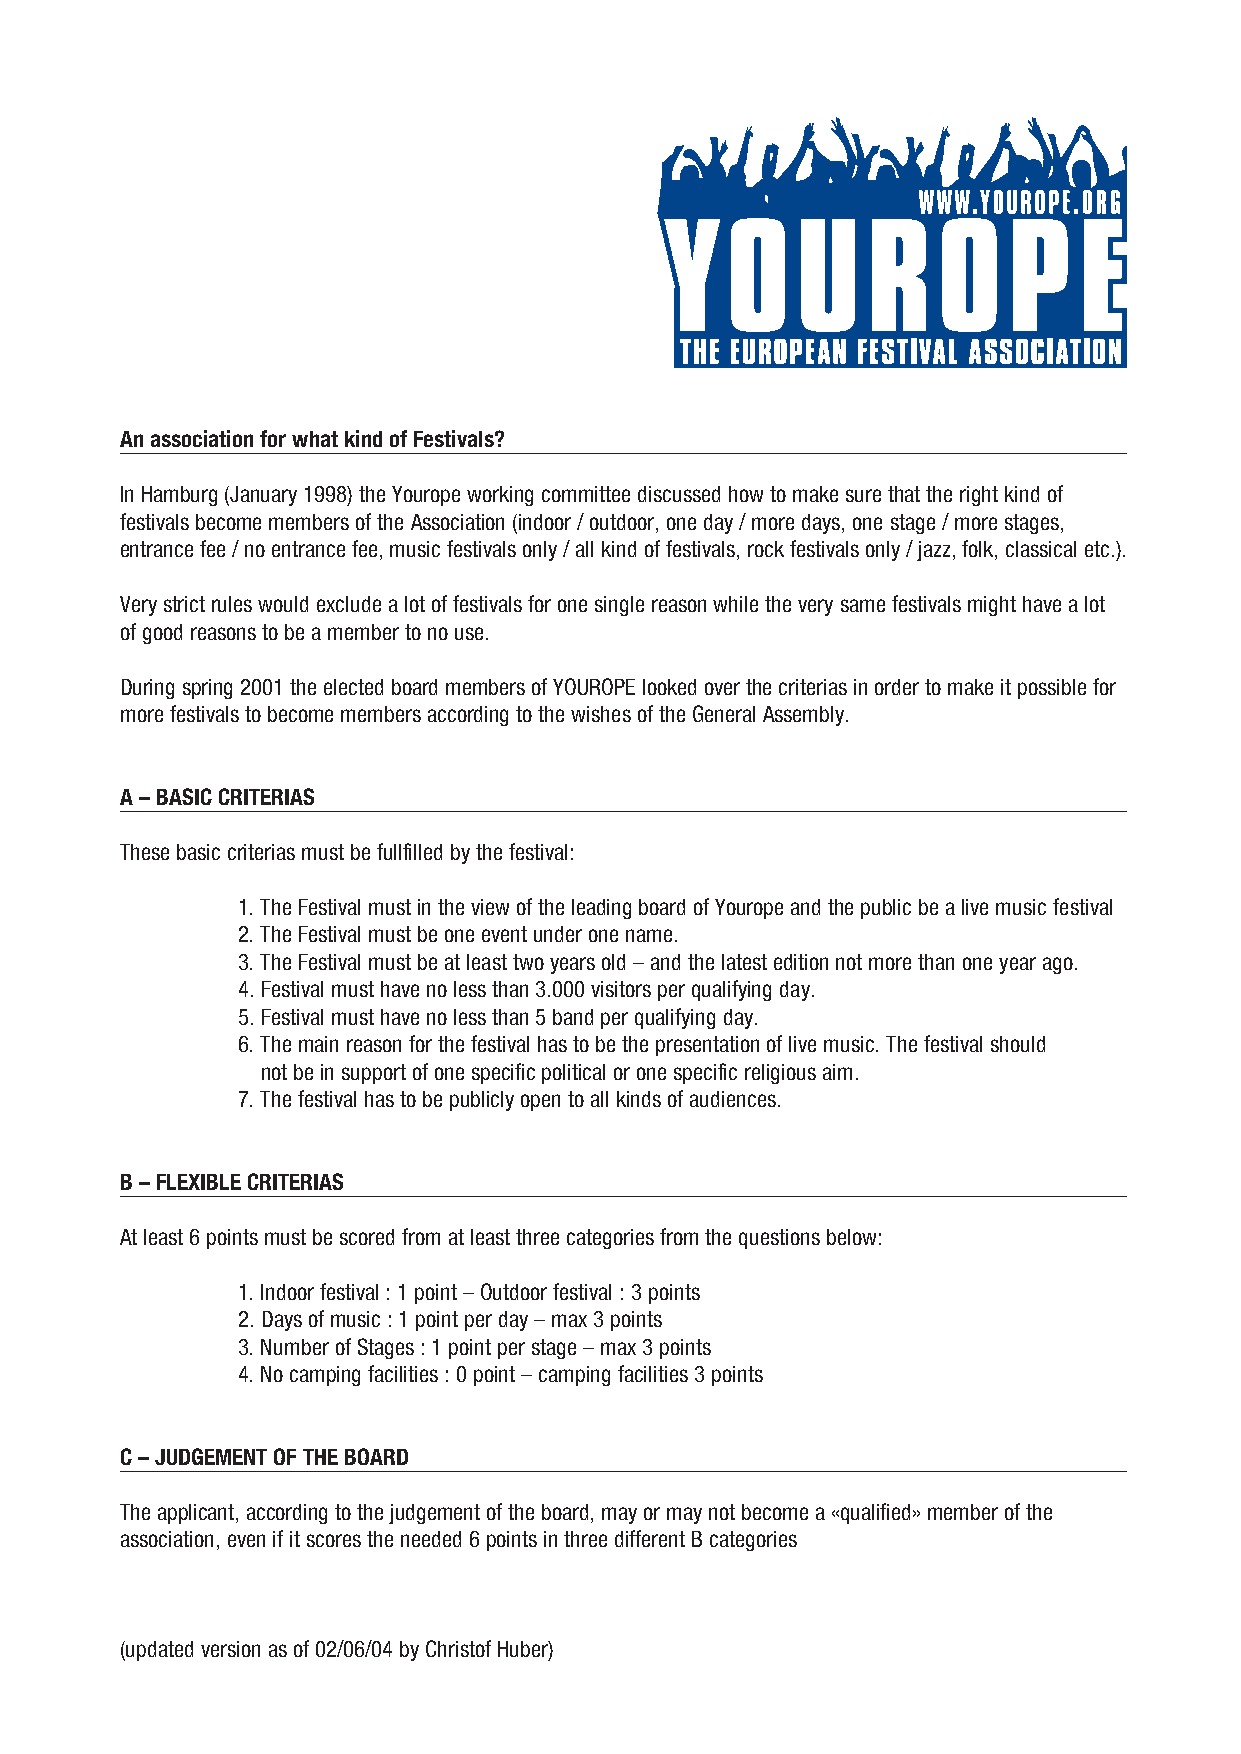
An association for what kind of Festivals?
 In Hamburg (January 1998) the Yourope working committee discussed how to make sure that the right kind of
 festivals become members of the Association (indoor / outdoor, one day / more days, one stage / more stages,
 entrance fee / no entrance fee, music festivals only / all kind of festivals, rock festivals only / jazz, folk, classical etc.).
 Very strict rules would exclude a lot of festivals for one single reason while the very same festivals might have a lot
 of good reasons to be a member to no use.
 During spring 2001 the elected board members of YOUROPE looked over the criterias in order to make it possible for
 more festivals to become members according to the wishes of the General Assembly.
 A – BASIC CRITERIAS
 These basic criterias must be fullfilled by the festival:
 1. The Festival must in the view of the leading board of Yourope and the public be a live music festival
 2. The Festival must be one event under one name.
 3. The Festival must be at least two years old – and the latest edition not more than one year ago.
 4. Festival must have no less than 3.000 visitors per qualifying day.
 5. Festival must have no less than 5 band per qualifying day.
 6. The main reason for the festival has to be the presentation of live music. The festival should
 6. not be in support of one specific political or one specific religious aim.
 7. The festival has to be publicly open to all kinds of audiences.
 B – FLEXIBLE CRITERIAS
 At least 6 points must be scored from at least three categories from the questions below:
 1. Indoor festival : 1 point – Outdoor festival : 3 points
 2. Days of music : 1 point per day – max 3 points
 3. Number of Stages : 1 point per stage – max 3 points
 4. No camping facilities : 0 point – camping facilities 3 points
 C – JUDGEMENT OF THE BOARD
 The applicant, according to the judgement of the board, may or may not become a «qualified» member of the
 association, even if it scores the needed 6 points in three different B categories
 (updated version as of 02/06/04 by Christof Huber)